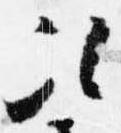
次